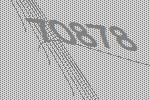
70878